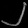
Digit: ၂